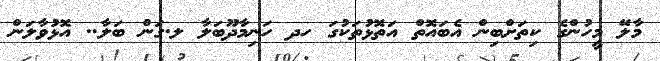
މާލޭ މީހުންގެ ކިތަށްބިން އެބައޮތް އަތޮޅުތަކުގަ ހދ ހަނިމާދޫބަލާ ލ.ގަން ބަލާ.. އޮޅުވާލަން